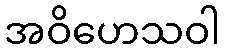
အဝိဟေသဝါ